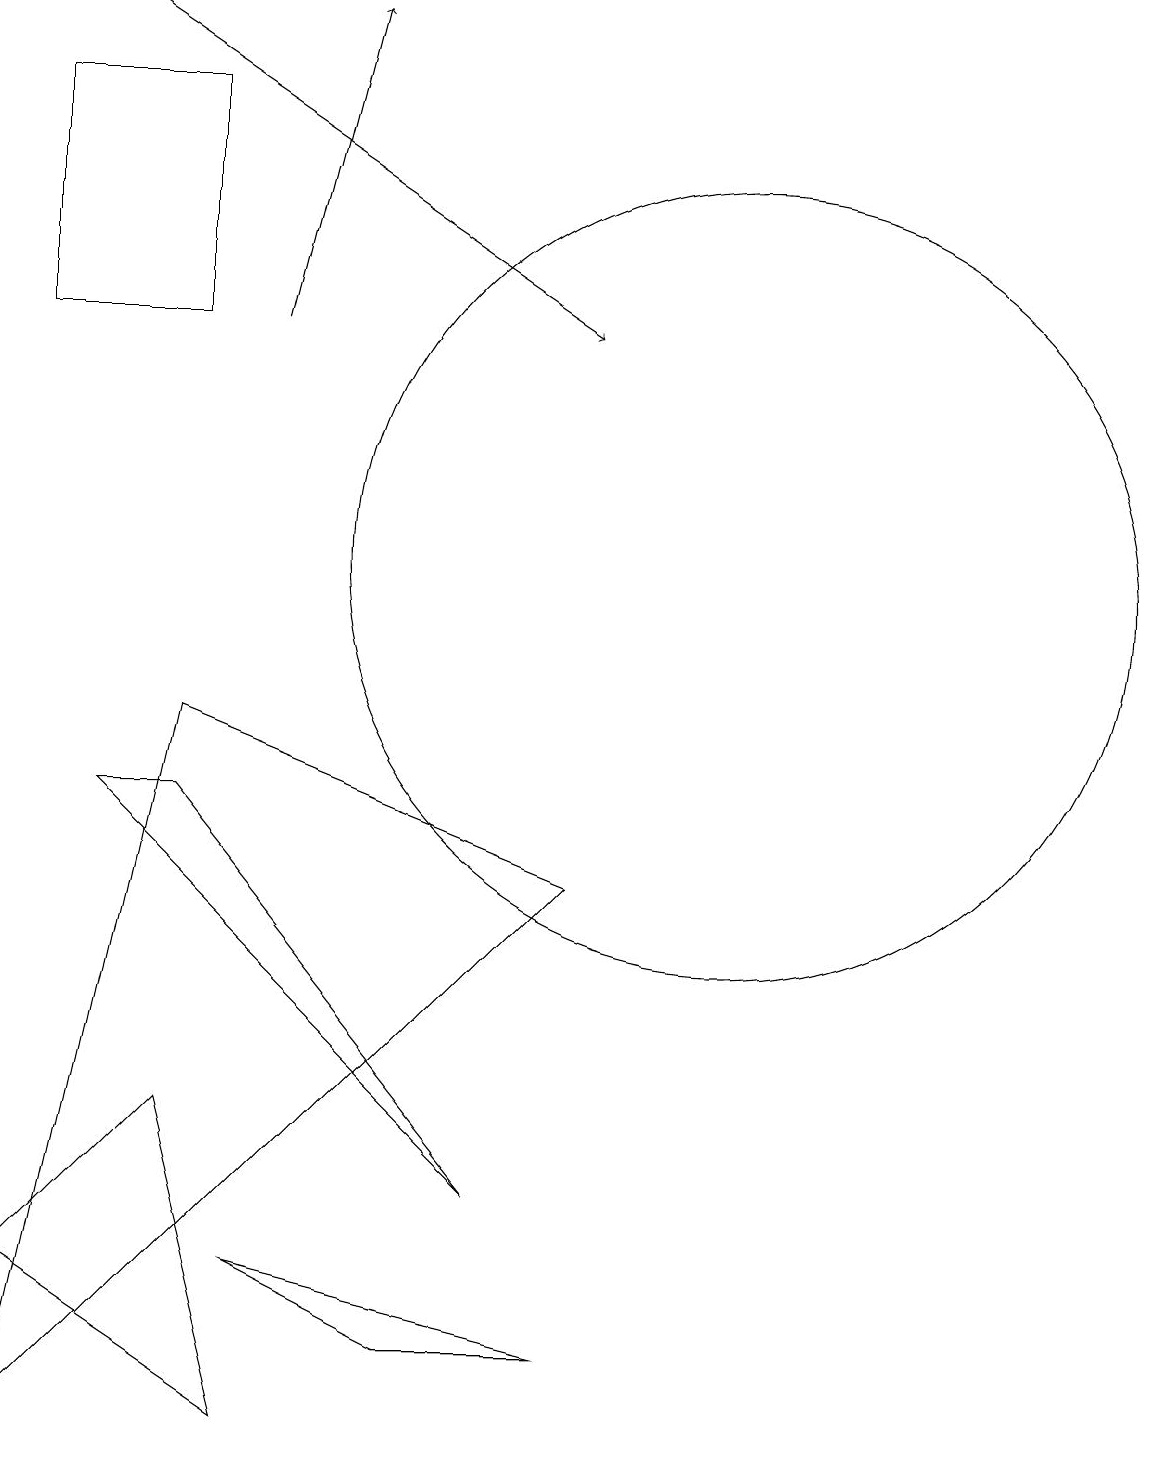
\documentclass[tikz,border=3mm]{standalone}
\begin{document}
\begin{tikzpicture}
\draw (5,2) -- (7,1) -- (9,1) -- cycle;
\draw (9,7) -- (2,0) -- (4,9) -- cycle;
\draw (11,11) circle (5);
\draw (2,2) -- (5,0) -- (4,4) -- cycle;
\draw (4,14) rectangle (2,17);
\draw (8,3) -- (4,8) -- (3,8) -- cycle;
\draw[->] (3,18) -- (9,14);
\draw[->] (5,14) -- (6,18);
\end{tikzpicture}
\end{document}